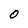
Character: O